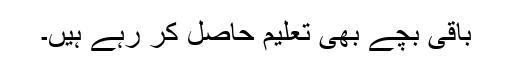
باقی بچے بھی تعلیم حاصل کر رہے ہیں۔